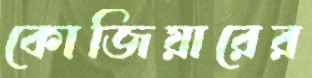
কোজিয়ারের